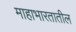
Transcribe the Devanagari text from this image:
माहाभारतातील